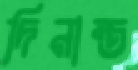
দিনান্ত